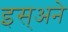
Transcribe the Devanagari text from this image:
इस्अने